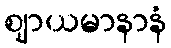
ဈာယမာနာနံ